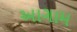
આગામ